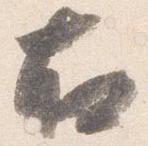
右